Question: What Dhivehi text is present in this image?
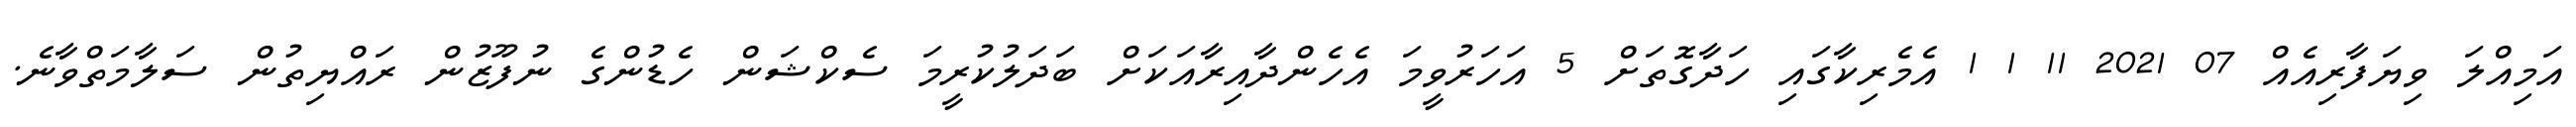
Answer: އަމިއްލަ ވިޔަފާރިއެއް 07 2021 11 1 1 އެމެރިކާގައި ހަދާގޮތަށް 5 އަހަރުވީމަ އެހެންދާއިރާއަކަށް ބަދަލުކުރީމަ ސެކްޝަން ހެޑުންގެ ނުފޫޒުން ރައްޔިތުން ސަލާމަތްވާނެ.